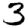
Digit: 3